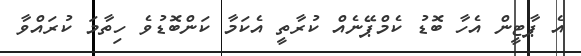
އެ ޕާޓީން އެހާ ބޮޑު ކެމްޕޭނެއް ކުރާތީ އެކަމާ ކަންބޮޑުވެ ހިތާމަ ކުރައްވާ